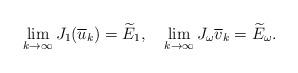
LaTeX: \begin{align*}\lim_{k\rightarrow\infty}J_{1}(\overline{u}_{k})=\widetilde{E}_{1},\ \ \ \lim_{k\rightarrow\infty}J_{\omega}\overline{v}_{k}=\widetilde{E}_{\omega}.\end{align*}